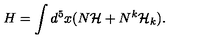
H = \int d ^ { 5 } x ( N { \cal H } + N ^ { k } { \cal H } _ { k } ) .